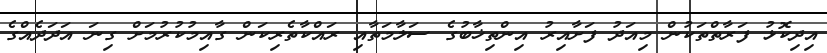
އިދިކޮޅު ފަރާތްތަކުން މިއަދު ފަށާއިރު އިންތިޚާބުގެ ސަލާމަތާއި ރައްކާތެރިކަން ގާއިމުކުރުމަށް ގިނަ އަދަދެއްގެ